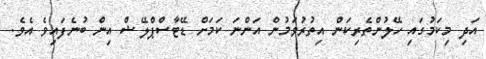
އަދި މިކަމުގައި ހޭލުންތެރިކަން އިތުރުވަމުން އަންނަ ކަމަށް ޑޭޓާސްޕްލޭޝް އިން ބުނެފައިވެ އެވެ.